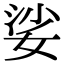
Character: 娑